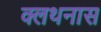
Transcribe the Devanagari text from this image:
क्लथनास